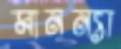
মানন্যা